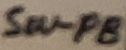
Text: SW-PB